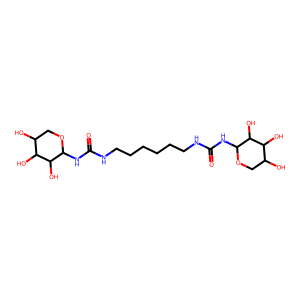
SMILES: O=C(NCCCCCCNC(=O)NC1OCC(O)C(O)C1O)NC1OCC(O)C(O)C1O
Inhibits HIV replication: No